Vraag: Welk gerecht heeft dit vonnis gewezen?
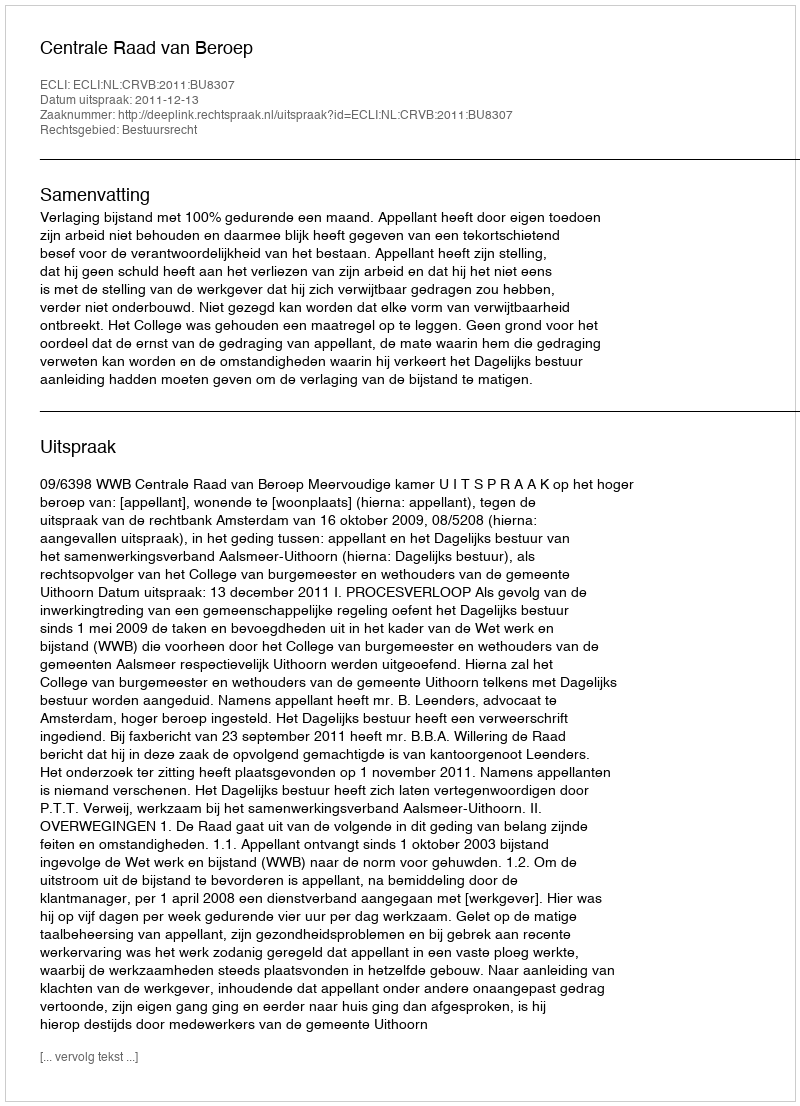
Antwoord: Centrale Raad van Beroep